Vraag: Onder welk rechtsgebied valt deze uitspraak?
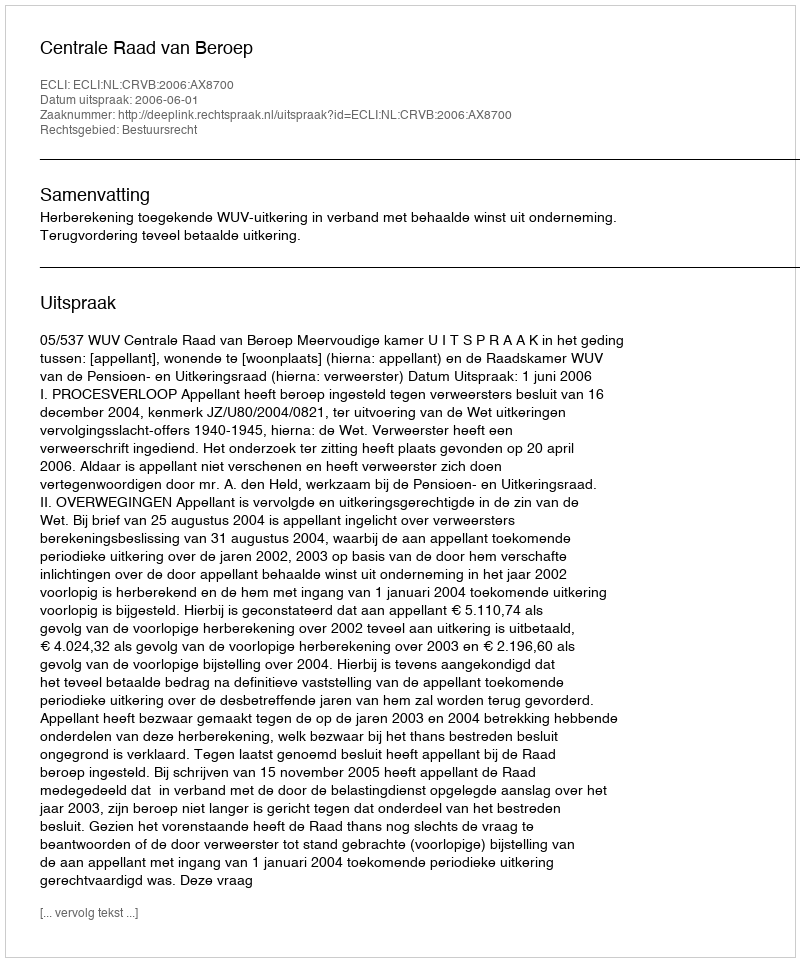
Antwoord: Bestuursrecht